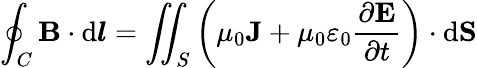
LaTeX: \oint_{C}\mathbf{B}\cdot\mathrm{d}{\boldsymbol{l}}=\iint_{S}\left(\mu_{0}\mathbf{J}+\mu_{0}\varepsilon_{0}{\frac{\partial\mathbf{E}}{\partial t}}\right)\cdot\mathrm{d}\mathbf{S}